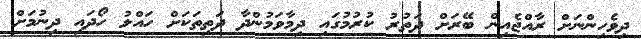
ދިވެހިންނަށް ރާއްޖެއިން ބޭރަށް ދަތުރު ކުރުމުގައި ދިމާވަމުންދާ ދަތިތަކަށް ހައްލު ހޯދައި ދިނުމަށް